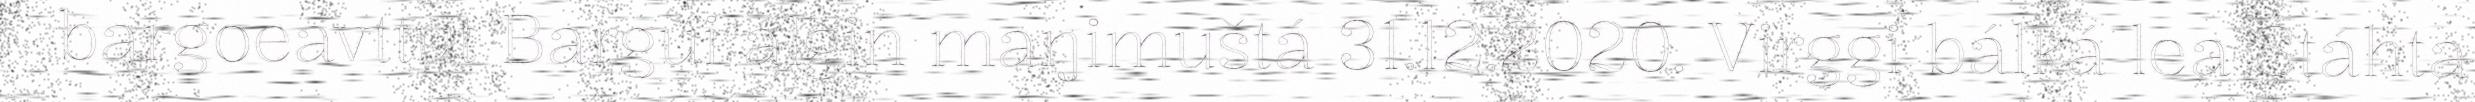
bargoeavttut Bargui álgin maŋimuštá 31.12.2020. Virggi bálká lea Stáhta